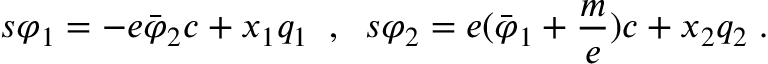
s \varphi _ { 1 } = - e \bar { \varphi } _ { 2 } c + x _ { 1 } q _ { 1 } \; \; , \; \; s \varphi _ { 2 } = e ( \bar { \varphi } _ { 1 } + \frac m e ) c + x _ { 2 } q _ { 2 } \; .